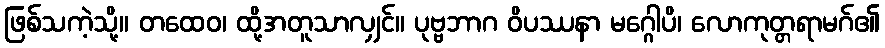
ဖြစ်သကဲ့သို့။ တထေဝ၊ ထို့အတူသာလျှင်။ ပုဗ္ဗဘာဂ ဝိပဿနာ မဂ္ဂေါပိ၊ လောကုတ္တရာမဂ်၏